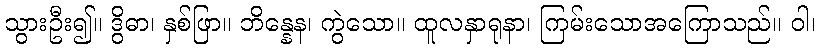
သွားဦး၍။ ဒွိဓာ၊ နှစ်ဖြာ။ ဘိန္နေန၊ ကွဲသော။ ထူလနှာရုနာ၊ ကြမ်းသောအကြောသည်။ ဝါ၊